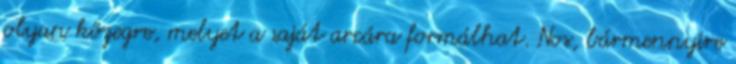
olyan közegre, melyet a saját arcára formálhat. Nos, bármennyire